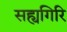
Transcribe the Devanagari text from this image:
सह्यगिरि